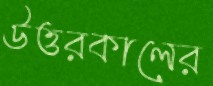
উত্তরকালের